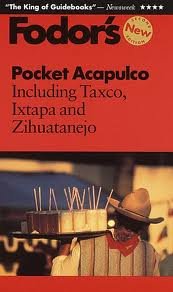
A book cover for Pocket Acapulco: Including Taxco, Ixtapa and Zihuatanejo (Fodor's in Focus Acapulco); Fodor's; Travel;